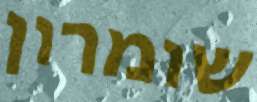
שומרון